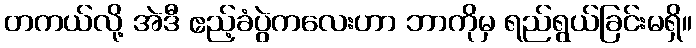
တကယ်လို့ အဲဒီ ဧည့်ခံပွဲကလေးဟာ ဘာကိုမှ ရည်ရွယ်ခြင်းမရှိ။